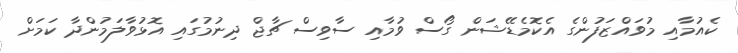
ކެއުމާއި މުވައްޒަފުންގެ އެކޮމެޑޭޝަން ގޯސް ވުމާއި ސާވިސް ޗާޖް ދިނުމުގައި އޮޅުވާލަމުންދާ ކަމަށް